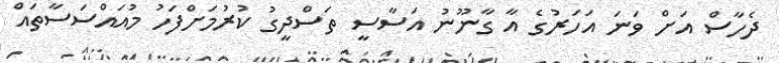
ދެހާސް އަށް ވަނަ އަހަރުގެ އާ ގާނޫނު އަސާސީ ތަސްދީގު ކުރުމަށްފަހު މުއައްސަސާތައް